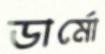
ডার্মো